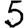
Digit: 5